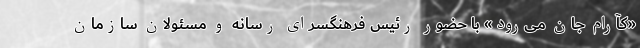
«کآرام جان می‌رود» با حضور رئیس فرهنگسرای رسانه و مسئولان سازمان